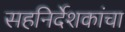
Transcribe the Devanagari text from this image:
सहनिर्देशकांचा